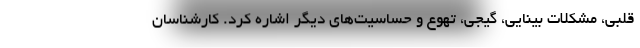
قلبی، مشکلات بینایی، گیجی، تهوع و حساسیت‌های دیگر اشاره کرد. کارشناسان